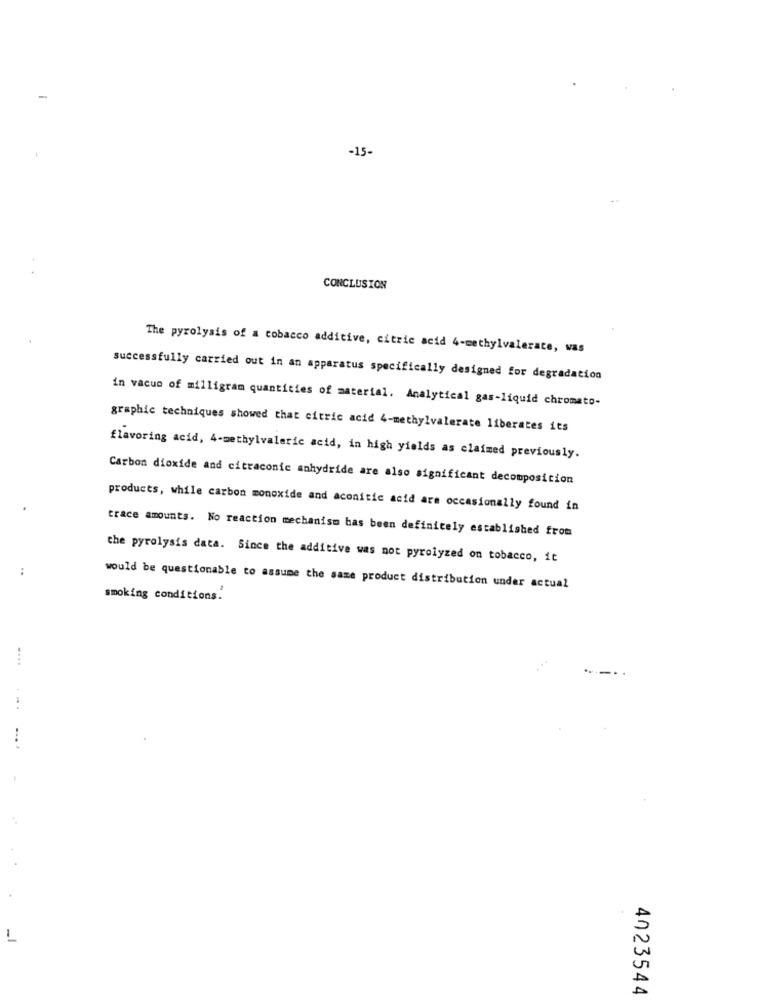
-15-
CONCLUSION
The pyrolysis of a tobacco additive, citric acid 4-methylvalerate, was
successfully carried out in an apparatus specifically designed for degradation
in vacuo of milligram quantities of material. Analytical gas-liquid chromato-
graphic techniques showed that citric acid 4-methylvalerate liberates its
flavoring acid, 4-methylvaleric acid, in high yields as claimed previously.
Carbon dioxide and citraconic anhydride are also significant decomposition
products, while carbon monoxide and aconitic acid are occasionally found in
trace amounts. No reaction mechanism bas been definitely established from
the pyrolysis data. Since the additive was not pyrolyzed on tobacco, it
would be questionable to assume the same product distribution under actual
smoking conditions.
4023544